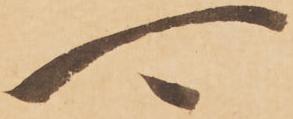
可